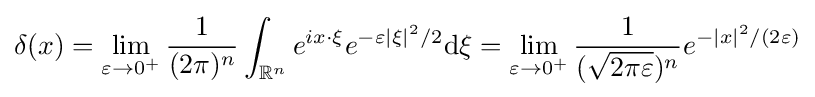
\delta (x)=\lim _{\varepsilon \to 0^{+}}{\frac {1}{(2\pi )^{n}}}\int _{\mathbb {R} ^{n}}e^{ix\cdot \xi }e^{-\varepsilon |\xi |^{2}/2}\mathrm {d} \xi =\lim _{\varepsilon \to 0^{+}}{\frac {1}{({\sqrt {2\pi \varepsilon }})^{n}}}e^{-|x|^{2}/(2\varepsilon )}